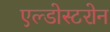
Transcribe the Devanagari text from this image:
एल्डोस्टरोन